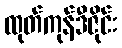
ထုတ်ကုန်ဒီဇိုင်း